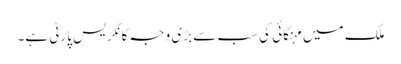
ملک میں مہنگائی کی سب سے بڑی وجہ کانگریس پارٹی ہے۔